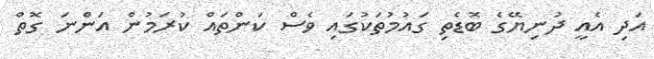
އަދި އެއީ ދުނިޔޭގެ ބޮޑެތި ގައުމުތަކުގައި ވެސް ކަންތައް ކުރަމުން އަންނަ ގޮތް